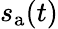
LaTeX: s_{\mathrm{a}}(t)